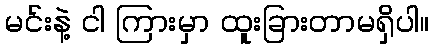
မင်းနဲ့ ငါ ကြားမှာ ထူးခြားတာမရှိပါ။